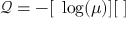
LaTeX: { \mathcal Q } = - [ { \bf \nabla } \log ( \mu ) ] [ { \bf \nabla } ]